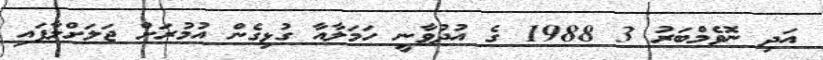
އަދި ނޮވެމްބަރު 3 1988 ގެ އުދުވާނީ ހަމަލާއާ ގުޅިގެން އުމުރަށް ޖަލަށްލާފައި